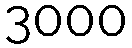
3000